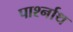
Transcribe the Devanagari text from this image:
पार्श्नाथ